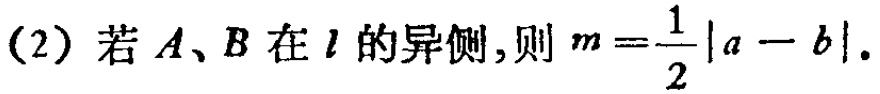
(2) 若 \(A、B\) 在 \(l\) 的异侧,则 \(m = \frac{1}{2}|a - b|\).